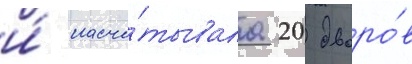
и́ насчи́тывала 20 дворо́в